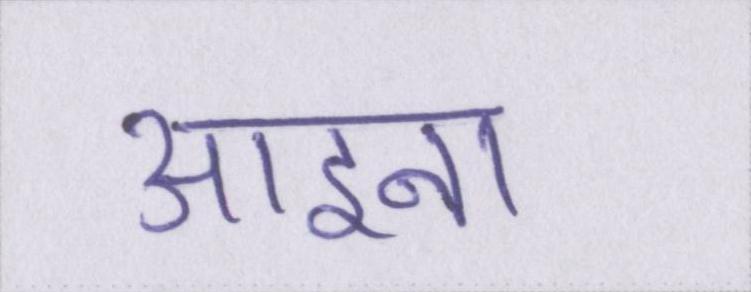
आइना